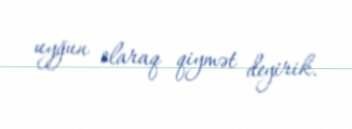
uyğun olaraq qiymət deyirik.